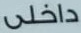
داخلي